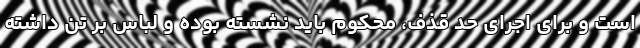
است و برای اجرای حد قذف، محکوم باید نشسته بوده و لباس بر تن داشته